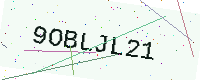
Text: 9OBLJL21